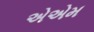
એએમ